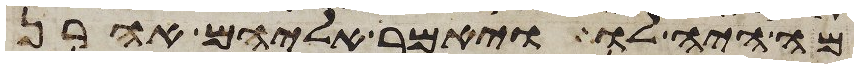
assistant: מה היה לו ויאמר אליהם אהרן